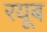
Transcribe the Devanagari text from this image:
रयूब